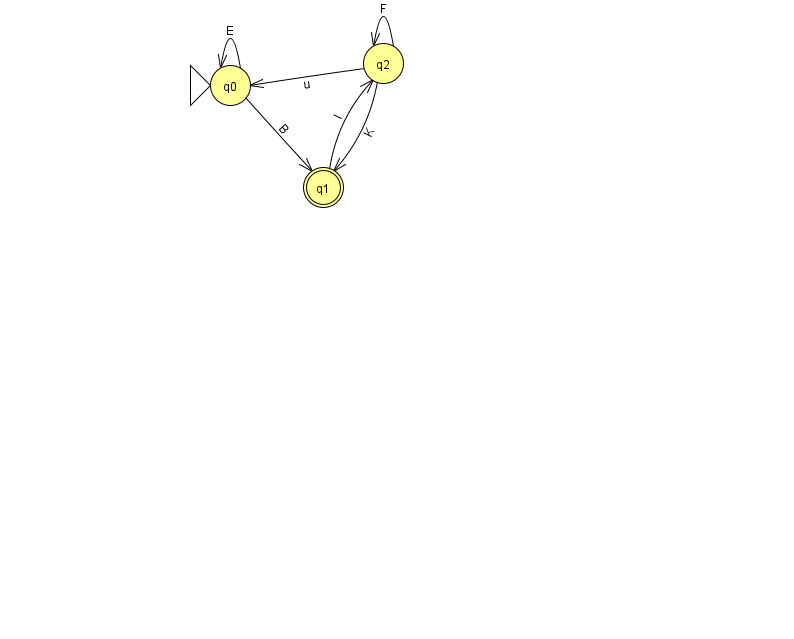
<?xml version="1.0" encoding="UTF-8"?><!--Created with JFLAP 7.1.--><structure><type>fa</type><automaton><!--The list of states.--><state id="0" name="q0"><x>230.0</x><y>72.0</y><initial/></state><state id="1" name="q1"><x>323.0</x><y>174.0</y><final/></state><state id="2" name="q2"><x>383.0</x><y>50.0</y></state><!--The list of transitions.--><transition><from>0</from><to>1</to><read>B</read></transition><transition><from>2</from><to>1</to><read>K</read></transition><transition><from>0</from><to>0</to><read>E</read></transition><transition><from>2</from><to>2</to><read>F</read></transition><transition><from>1</from><to>2</to><read>l</read></transition><transition><from>2</from><to>0</to><read>u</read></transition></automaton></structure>